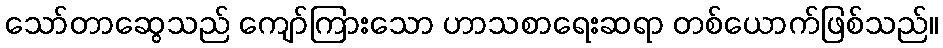
သော်တာဆွေသည် ကျော်ကြားသော ဟာသစာရေးဆရာ တစ်ယောက်ဖြစ်သည်။